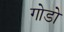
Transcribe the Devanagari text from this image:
गोडो